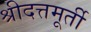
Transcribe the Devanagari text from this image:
श्रीदत्तमूर्ती